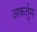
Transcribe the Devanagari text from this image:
अकर्तुम